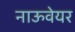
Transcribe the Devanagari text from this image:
नाऊवेयर